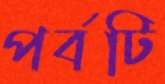
পর্বটি